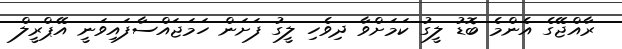
ރާއްޖޭގެ އެންމެ ބޮޑު ލީގު ކަމަށްވާ ދިވެހި ލީގު ފަށަން ހަމަޖައްސާފައިވަނީ އޭޕްރީލް